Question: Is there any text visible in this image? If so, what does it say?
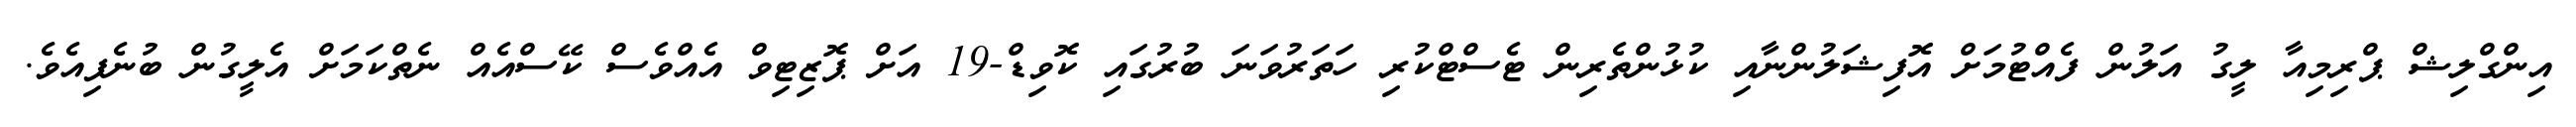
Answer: އިންގްލިޝް ޕްރިމިއާ ލީގު އަލުން ފެއްޓުމަށް އޮފިޝަލުންނާއި ކުޅުންތެރިން ޓެސްޓްކުރި ހަތަރުވަނަ ބުރުގައި ކޮވިޑް-19 އަށް ޕޮޒިޓިވް އެއްވެސް ކޭސްއެއް ނެތްކަމަށް އެލީގުން ބުނެފިއެވެ.